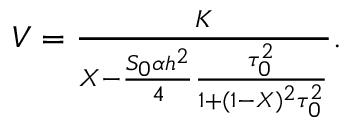
\begin{array} { r } { V = \frac { K } { X - \frac { S _ { 0 } \alpha h ^ { 2 } } { 4 } \frac { \tau _ { 0 } ^ { 2 } } { 1 + ( 1 - X ) ^ { 2 } \tau _ { 0 } ^ { 2 } } } . } \end{array}